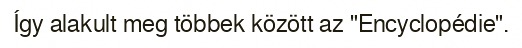
Így alakult meg többek között az "Encyclopédie".